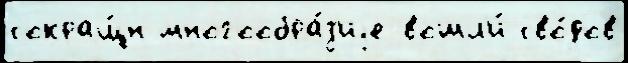
сокращ́н многообра́з'иjе вошл'и́ сво́дов